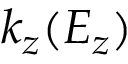
k _ { z } ( E _ { z } )